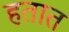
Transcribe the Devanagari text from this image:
हतात